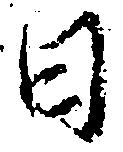
日